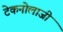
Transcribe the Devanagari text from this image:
टेकनोलाजी